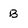
Character: B